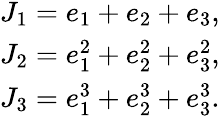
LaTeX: \begin{array}{l}{J_{1}=e_{1}+e_{2}+e_{3},}\\ {J_{2}=e_{1}^{2}+e_{2}^{2}+e_{3}^{2},}\\ {J_{3}=e_{1}^{3}+e_{2}^{3}+e_{3}^{3}.}\end{array}